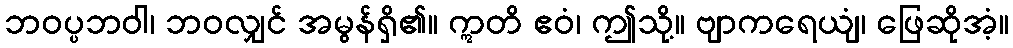
ဘဝပ္ပဘဝါ၊ ဘဝလျှင် အမွန်ရှိ၏။ ဣတိ ဧဝံ၊ ဤသို့။ ဗျာကရေယျံ၊ ဖြေဆိုအံ့။